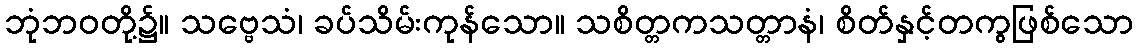
ဘုံဘဝတို့၌။ သဗ္ဗေသံ၊ ခပ်သိမ်းကုန်သော။ သစိတ္တကသတ္တာနံ၊ စိတ်နှင့်တကွဖြစ်သော